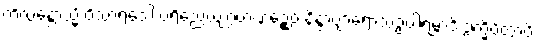
ကိလန္တောသ္မိ ဝိသာရဒေါ ပရိညေယျဂ္ဂဟဏဉ္စေဝ နိန္ဒာဗျာရောသဥပါရမ္ဘာဒိ ဥက္ခိပိတွာပိ